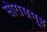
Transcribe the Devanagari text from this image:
सीरोसमूह